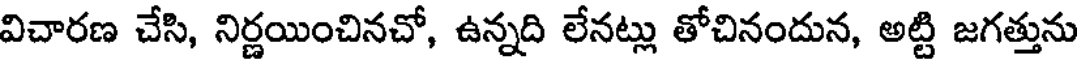
విచారణ చేసి, నిర్ణయించినచో, ఉన్నది లేనట్లు తోచినందున, అట్టి జగత్తును